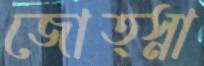
জোত্স্না